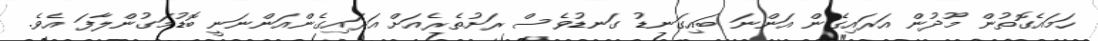
ހަމައެގޮތުން މޫދުން އަރައިގެން އަންނަ ބައިގަނޑު ގަނޑުވެސް ރަށުތެރެއަށް އަރައިގެންއަންނަނީ ބޮޑުމަގުންލާފަ އެވެ.